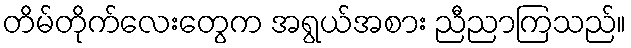
တိမ်တိုက်လေးတွေက အရွယ်အစား ညီညာကြသည်။